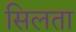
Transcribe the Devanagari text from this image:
सिलता